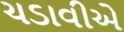
ચડાવીએ